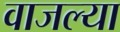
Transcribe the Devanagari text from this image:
वाजल्या